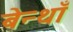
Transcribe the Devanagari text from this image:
बेन्थाँ